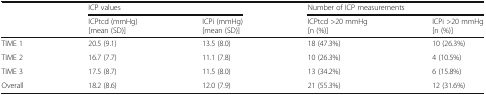
<table><thead><tr><td rowspan="2"></td><td colspan="2"><b>ICP values</b></td><td colspan="2"><b>Number of ICP measurements</b></td></tr><tr><td><b>ICPtcd (mmHg)[mean (SD)]</b></td><td><b>ICPi (mmHg)[mean (SD)]</b></td><td><b>ICPtcd &gt;20 mmHg[n (%)]</b></td><td><b>ICPi &gt;20 mmHg[n (%)]</b></td></tr></thead><tbody><tr><td>TIME 1</td><td>20.5 (9.1)</td><td>13.5 (8.0)</td><td>18 (47.3%)</td><td>10 (26.3%)</td></tr><tr><td>TIME 2</td><td>16.7 (7.7)</td><td>11.1 (7.8)</td><td>10 (26.3%)</td><td>4 (10.5%)</td></tr><tr><td>TIME 3</td><td>17.5 (8.7)</td><td>11.5 (8.0)</td><td>13 (34.2%)</td><td>6 (15.8%)</td></tr><tr><td>Overall</td><td>18.2 (8.6)</td><td>12.0 (7.9)</td><td>21 (55.3%)</td><td>12 (31.6%)</td></tr></tbody></table>